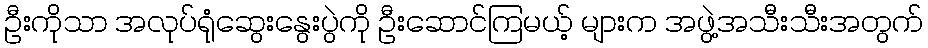
ဦးကိုသာ အလုပ်ရုံဆွေးနွေးပွဲကို ဦးဆောင်ကြမယ့် များက အဖွဲ့အသီးသီးအတွက်